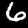
Label: 6